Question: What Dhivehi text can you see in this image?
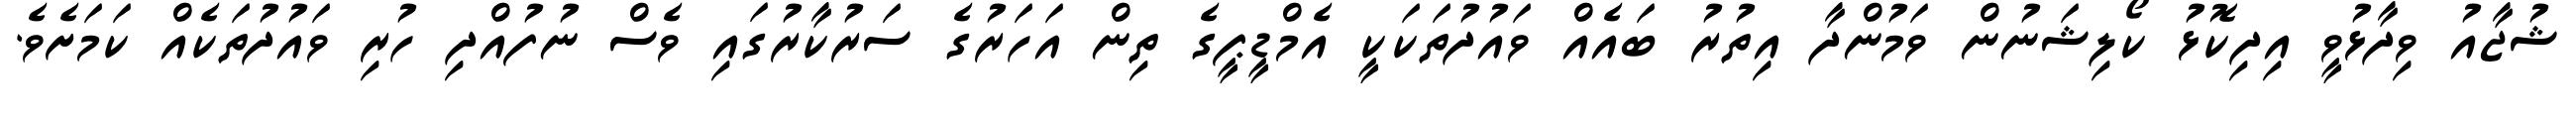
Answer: ޝުޖާއު ވިދާޅުވީ އިދިކޮޅު ކޯލިޝަނުން ވަމުންދާ އިތުރު ބައެއް ވައުދުތަކަކީ އެމްޑީޕީގެ ތިން އަހަރުގެ ސަރުކާރުގައި ވެސް ނުފުއްދި ހުރި ވައުދުތަކެއް ކަމަށެވެ.